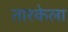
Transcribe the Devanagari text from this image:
तारकेला